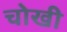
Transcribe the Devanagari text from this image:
चोखी